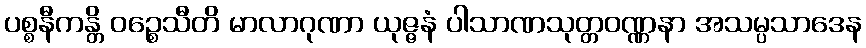
ပစ္စနီကန္တိ ဝဉ္စေသီတိ မာလာဂုဏာ ယုဇ္ဇနံ ပါသာဏသုတ္တဝဏ္ဏနာ အသမ္ပသာဒေန